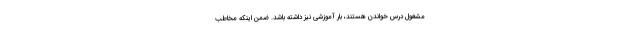
مشغول درس خواندن هستند، بار آموزشی نیز داشته باشد. ضمن اینکه مخاطب